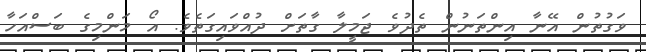
ވަގުތުން އޭނާ އިންތަނުން ތެދުވެ ޖަމީލާ ގާތަށް ދުއްވައިގަތެވެ. އޯ މަންމިގެ ބަސްއަހާ